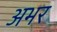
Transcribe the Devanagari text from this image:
अभर